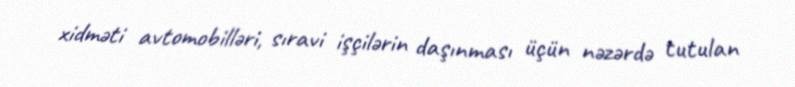
xidməti avtomobilləri, sıravi işçilərin daşınması üçün nəzərdə tutulan